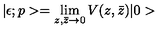
| \epsilon ; p > = \lim _ { z , \bar { z } \rightarrow 0 } V ( z , \bar { z } ) | 0 >